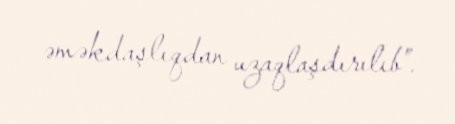
əməkdaşlıqdan uzaqlaşdırılıb”.